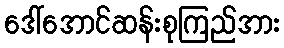
ဒေါ်အောင်ဆန်းစုကြည်အား